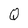
Character: Q